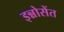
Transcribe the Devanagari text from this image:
इन्नोसेंत